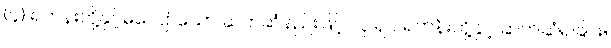
(၄) ရဟန်းတို့နှင့်မလျော်သော ဆက်ဆံနည်းဖြင့် လူ ရှင် ရဟန်းတို့နှင့် ဆက်ဆံရခြင်း။